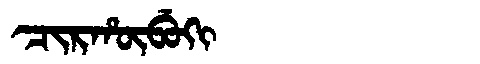
Manchu: ᠴᡳᡵᡥᡡᠪᡠᡴᡳ
Romanization: CIRHŪBUKI